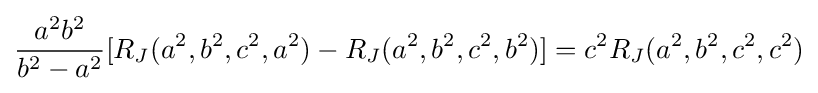
{\frac {a^{2}b^{2}}{b^{2}-a^{2}}}[R_{J}(a^{2},b^{2},c^{2},a^{2})-R_{J}(a^{2},b^{2},c^{2},b^{2})]=c^{2}R_{J}(a^{2},b^{2},c^{2},c^{2})